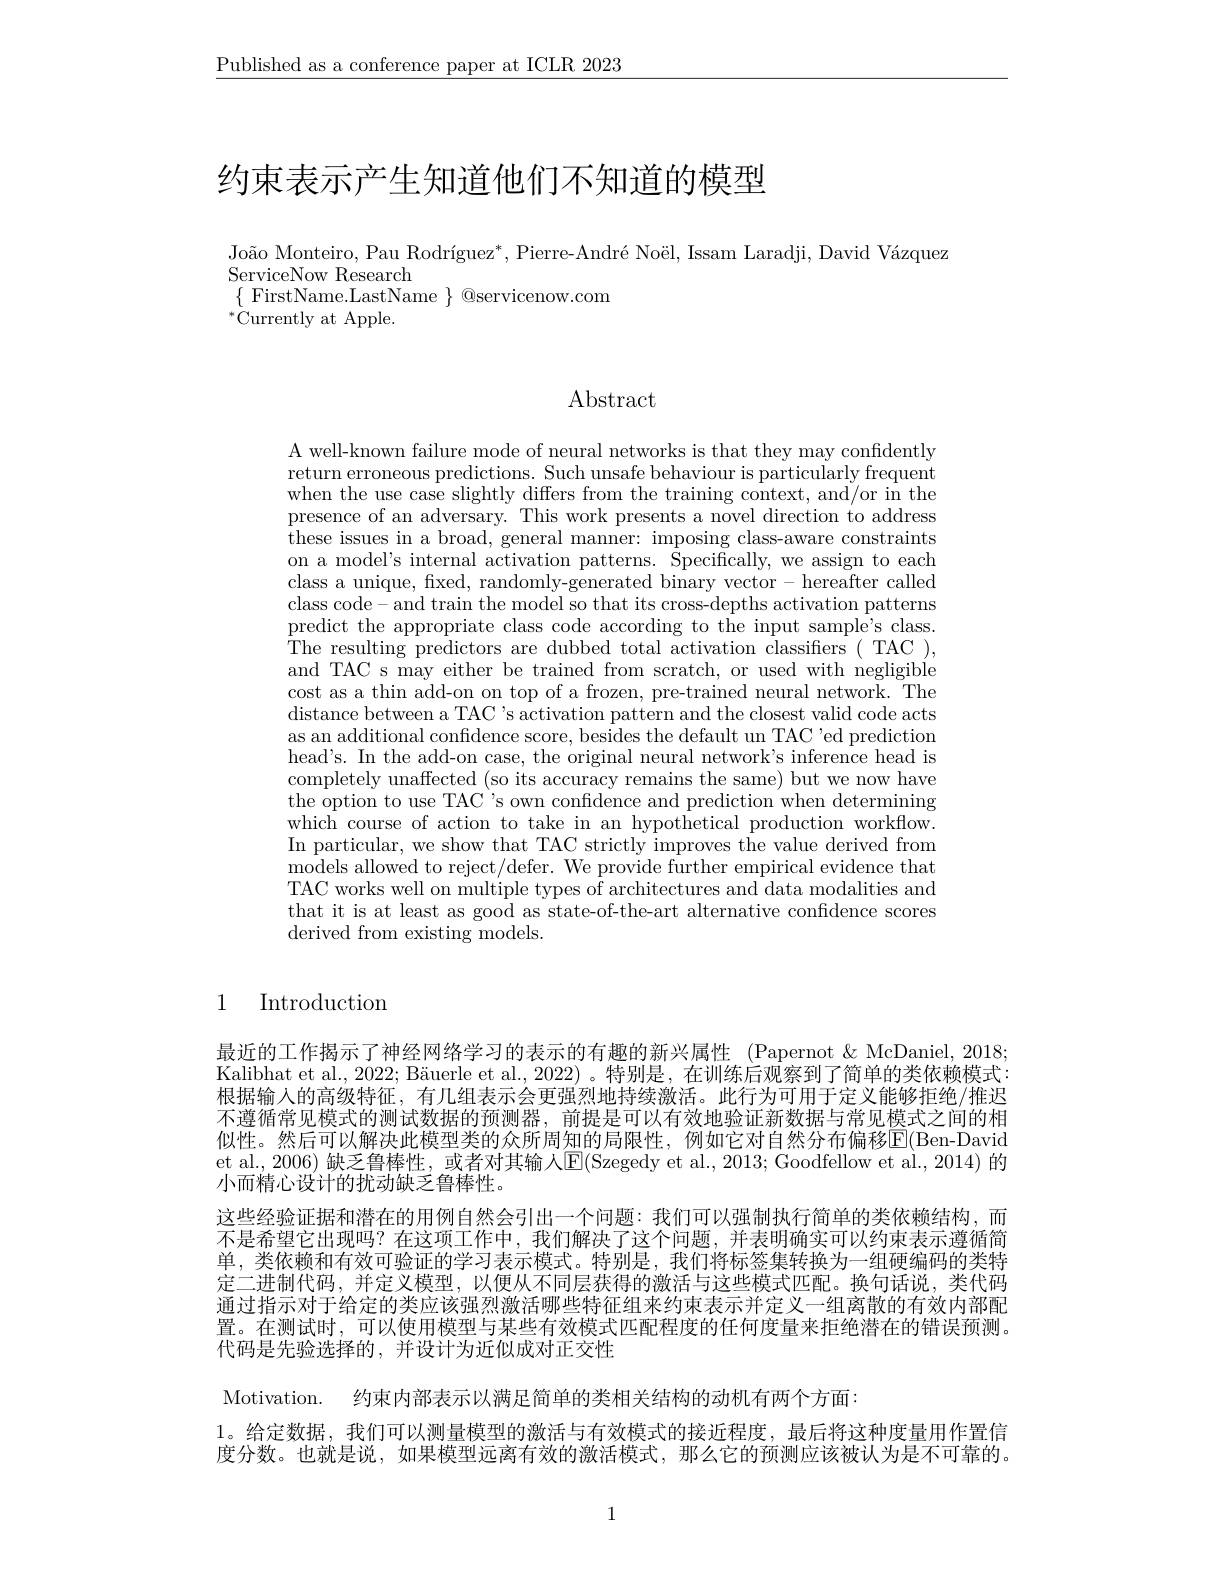
$\underline{\text{Published as a conference paper at ICLR 2023}}$

# 约束表示产生知道他们不知道的模型

João Monteiro, Pau Rodríguez$^* , \text{Pierre- Andr\'{e} No\"{e} l, Issam Laradji, David V\'{a} zquez}$
ServiceNow Research
$\{$FirstName.LastName $\}$ @servicenow.com
$^{*}$Currently at Apple.

# Abstract

A well-known failure mode of neural networks is that they may confidently return erroneous predictions. Such unsafe behaviour is particularly frequent when the use case slightly differs from the training context, and/or in the presence of an adversary. This work presents a novel direction to address these issues in a broad, general manner: imposing class-aware constraints on a model's internal activation patterns. Specifically, we assign to each class a unique, fixed, randomly-generated binary vector- hereafter called class code- and train the model so that its cross-depths activation patterns predict the appropriate class code according to the input sample's class. The resulting predictors are dubbed total activation classifiers( TAC ), and TAC s may either be trained from scratch, or used with negligible cost as a thin add-on on top of a frozen, pre-trained neural network. The distance between a TAC's activation pattern and the closest valid code acts as an additional confidence score, besides the default un TAC'ed prediction head's. In the add-on case, the original neural network's inference head is completely unaffected (so its accuracy remains the same) but we now have the option to use TAC's own confidence and prediction when determining which course of action to take in an hypothetical production workflow. In particular, we show that TAC strictly improves the value derived from models allowed to reject/defer. We provide further empirical evidence that TAC works well on multiple types of architectures and data modalities and that it is at least as good as state-of-the-art alternative confidence scores derived from existing models.

1

# Introduction

最近的工作揭示了神经网络学习的表示的有趣的新兴属性 (Papernot &McDaniel, 2018; Kalibhat et al., 2022; Bäuerle et al., 2022) 。特别是，在训练后观察到了简单的类依赖模式： 根据输入的高级特征，有几组表示会更强烈地持续激活。此行为可用于定义能够拒绝/推迟不遵循常见模式的测试数据的预测器，前提是可以有效地验证新数据与常见模式之间的相似性。然后可以解决此模型类的众所周知的局限性，例如它对自然分布偏移E(Ben-David et al., 2006) 缺乏鲁棒性，或者对其输入$\boxed{\mathrm{E}}($Szegedy et al., 2013; Goodfellow et al., 2014) 的小而精心设计的扰动缺乏鲁棒性。
这些经验证据和潜在的用例自然会引出一个问题：我们可以强制执行简单的类依赖结构，而不是希望它出现吗？在这项工作中，我们解决了这个问题，并表明确实可以约束表示遵循简单，类依赖和有效可验证的学习表示模式。特别是，我们将标签集转换为一组硬编码的类特定二进制代码，并定义模型，以便从不同层获得的激活与这些模式匹配。换句话说，类代码通过指示对于给定的类应该强烈激活哪些特征组来约束表示并定义一组离散的有效内部配置。在测试时，可以使用模型与某些有效模式匹配程度的任何度量来拒绝潜在的错误预测。代码是先验选择的，并设计为近似成对正交性
Motivation. 约束内部表示以满足简单的类相关结构的动机有两个方面：
1。给定数据，我们可以测量模型的激活与有效模式的接近程度，最后将这种度量用作置信度分数。也就是说，如果模型远离有效的激活模式，那么它的预测应该被认为是不可靠的。

1